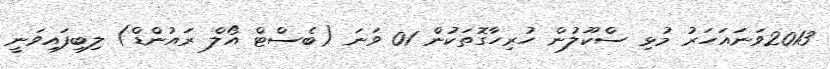
2013ވަނައަހަރު މުޅި ސްކޫލުން ހުރިހާގޮތަކުން 01 ވަނަ (ބެސްޓް އޯލް ރައުންޑް) ލިބިފައިވަނީ